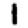
Digit: 1